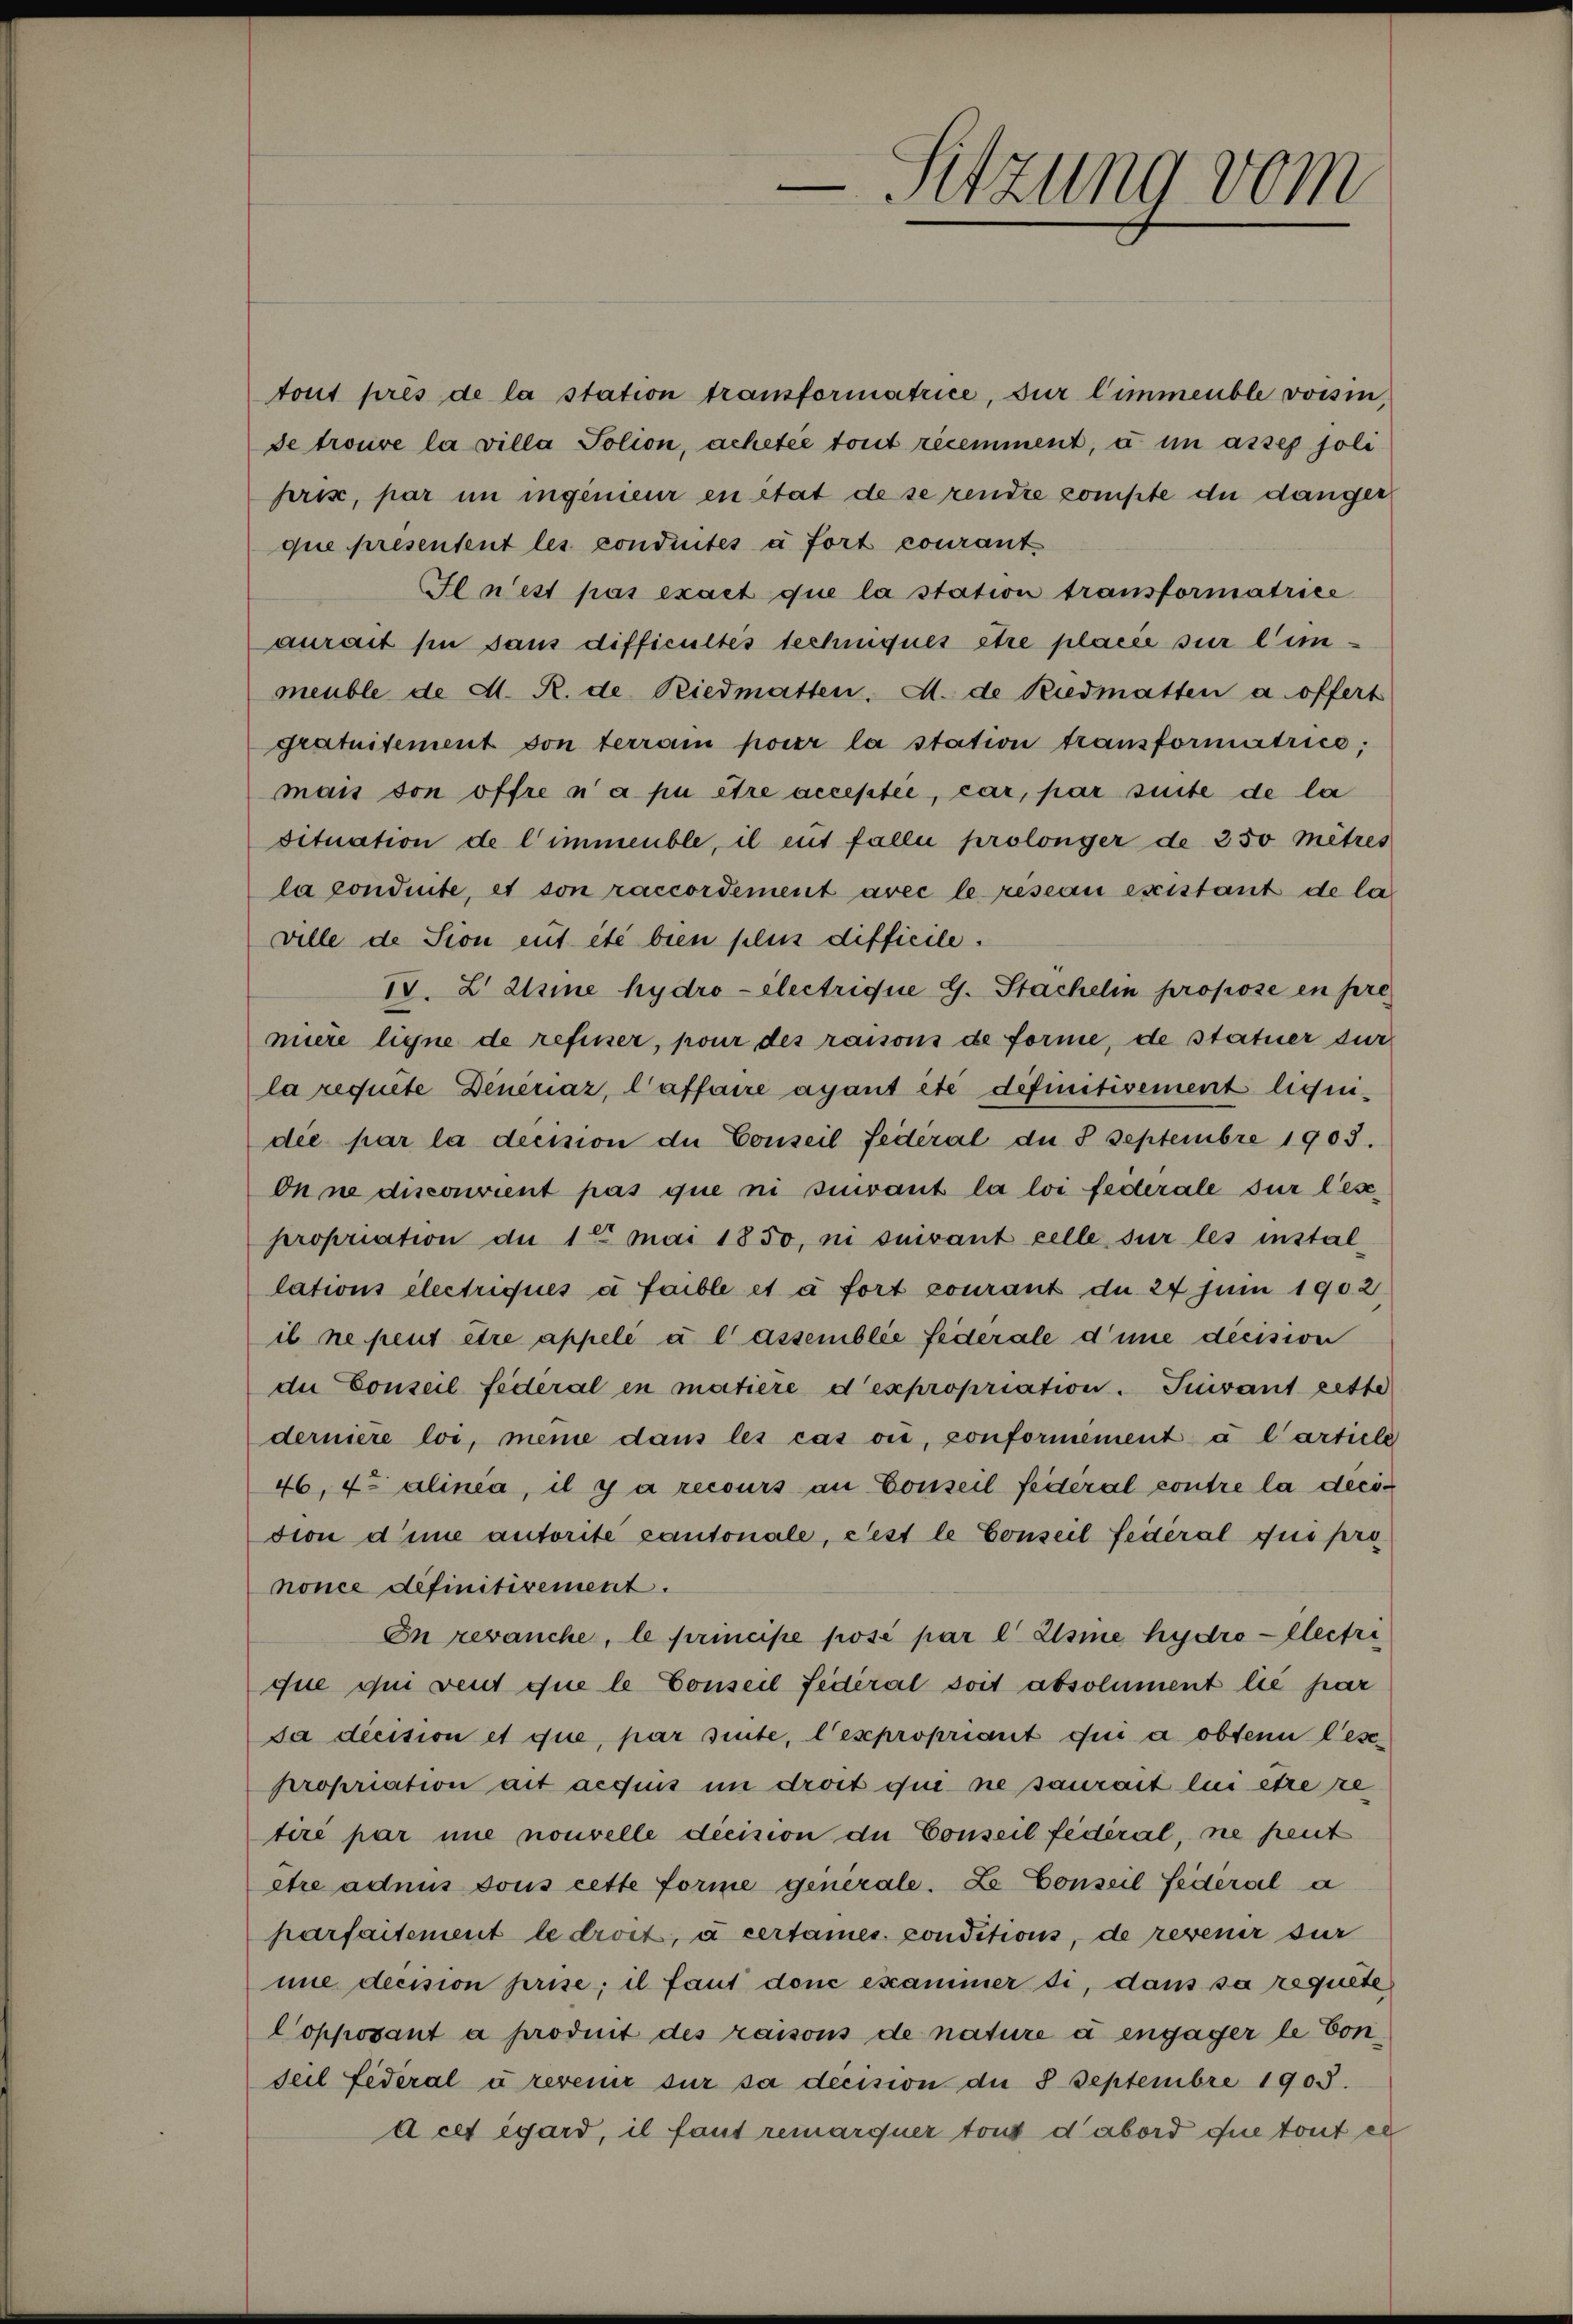
tout près de la station transformatrice, sur l’immeuble voisin,
se trouve la villa Polion, achetée toit ricemment, a im asses joli
pris, par in ingenieur en état de se rendre compte du danger
que presentent les conduités à fort courant
Il n’est pas exact que la station transformatrice
aurait sie sans difficultes techinques être placée sur linmeuble de d. R. de Riedmatten. M. de Riedmatten a offert
gratuitement von terram pour la station transformatrice;
mais son offre n’a pu être acceptée, car, par suite de la
situation de l’immeuble, il eut falle prolonger de 350 Metres
la condinte, et son raccordement avec le reseau existant de la
ville de Sion eut été bien plus difficile.
13. L 2sine hydro electrique G. Stackelin propose en pre
muere ligne de refusser, pour des raisons de forme, de statuer dur
la requite Dineraz, Caffaire agant été definitivement liquidee par la decision die Conseil fédéral de 3 Septembre 1905.
On ne disconvient pas que ni suivant la loi federale sur lesepropriation du 12 Mai 1850, ni suivant celle sur les installations électriqués à faible et à fort courant du 24 Juni 1902
il ne peut être appelé à lassemblie federale d’une decision
de Conseil federal in matiere d’expropriation. Suivant zette
derniere loi, meine dans les cas vi, conformement à l’article
46, fo alinea, il y a recours an Conseil fédéral contre la decidion die autorite cantonale, fest le Conseil fédéral qui pro
nonce definitivement.
In revanche, le principe posé par l. Jsme hydrollectri
que qui veut que le Conseil fédéral soit absolument lie par
Sa decision et que, par sinte, les propriant qui a obtenu lese
propriation ait acquis in droit que ne saurait lui être re
tiré par une nouvelle dicision de Conseil fédéral, ne peut
être admis sous cette forme generale. Le Conseil fédéral a
parfaitement le droit, à cersames conditions, de revenir sur
mie decision prise; il faut donc examiner di, dans sa regulte
Copposant a produit des raisons de nature à engager le Con¬
Teil Federal u revenir sur sa decision der 8 Septembre 1903.
acet égard, il faut remarquer tout d’abord que tout ex

Sitzung vom